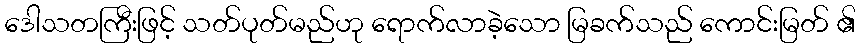
ဒေါသတကြီးဖြင့် သတ်ပုတ်မည်ဟု ရောက်လာခဲ့သော မြခက်သည် ကောင်းမြတ် ၏